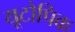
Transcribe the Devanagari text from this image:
यूटोपिक